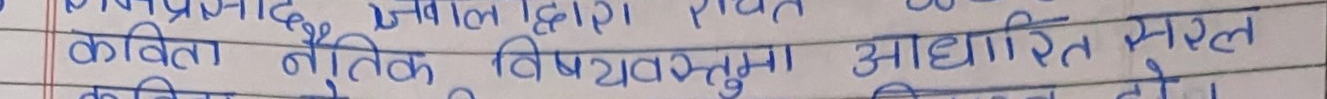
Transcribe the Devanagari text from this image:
कविता नैतिक विषयवस्तुमा आधारित सरल